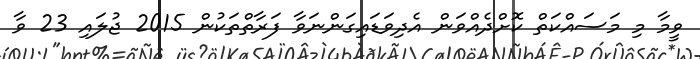
ވީމާ މި މަސައްކަތް ކޮށްދެއްވަން އެދިވަޑައިގަންނަވާ ފަރާތްތަކުން 2015 ޖުލައި 23 ވާ